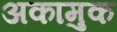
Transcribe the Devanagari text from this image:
अकामुक